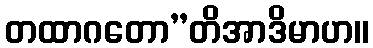
တထာဂတော”တိအာဒိမာဟ။